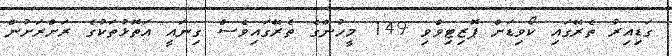
ގަޑިއިރު ތެރޭގައި ކޯވިޑަށް ޕޮޒިޓިވްވި 149 މީހުންގެ ތެރޭގައިވެސް ގިނައީ އަތޮޅުތަކުގެ ރަށްރަށުން